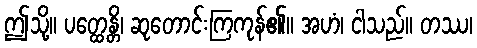
ဤသို့။ ပတ္ထေန္တိ၊ ဆုတောင်းကြကုန်၏။ အဟံ၊ ငါသည်။ တဿ၊